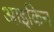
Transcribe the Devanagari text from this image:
आइकिन